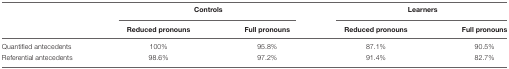
<table><thead><tr><td></td><td colspan="2"><b>Controls</b></td><td colspan="2"><b>Learners</b></td></tr><tr><td></td><td><b>Reduced pronouns</b></td><td><b>Full pronouns</b></td><td><b>Reduced pronouns</b></td><td><b>Full pronouns</b></td></tr></thead><tbody><tr><td>Quantified antecedents</td><td>100%</td><td>95.8%</td><td>87.1%</td><td>90.5%</td></tr><tr><td>Referential antecedents</td><td>98.6%</td><td>97.2%</td><td>91.4%</td><td>82.7%</td></tr></tbody></table>